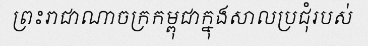
ព្រះរាជាណាចក្រកម្ពុជាក្នុងសាលប្រជុំរបស់